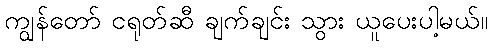
ကျွန်တော် ငရုတ်ဆီ ချက်ချင်း သွား ယူပေးပါ့မယ်။